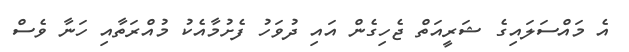
އެ މައްސަލައިގެ ޝަރީއަތް ޖެހިގެން އައި ދުވަހު ފެށުމާއެކު މުއްރަތާއި ހަނާ ވެސް